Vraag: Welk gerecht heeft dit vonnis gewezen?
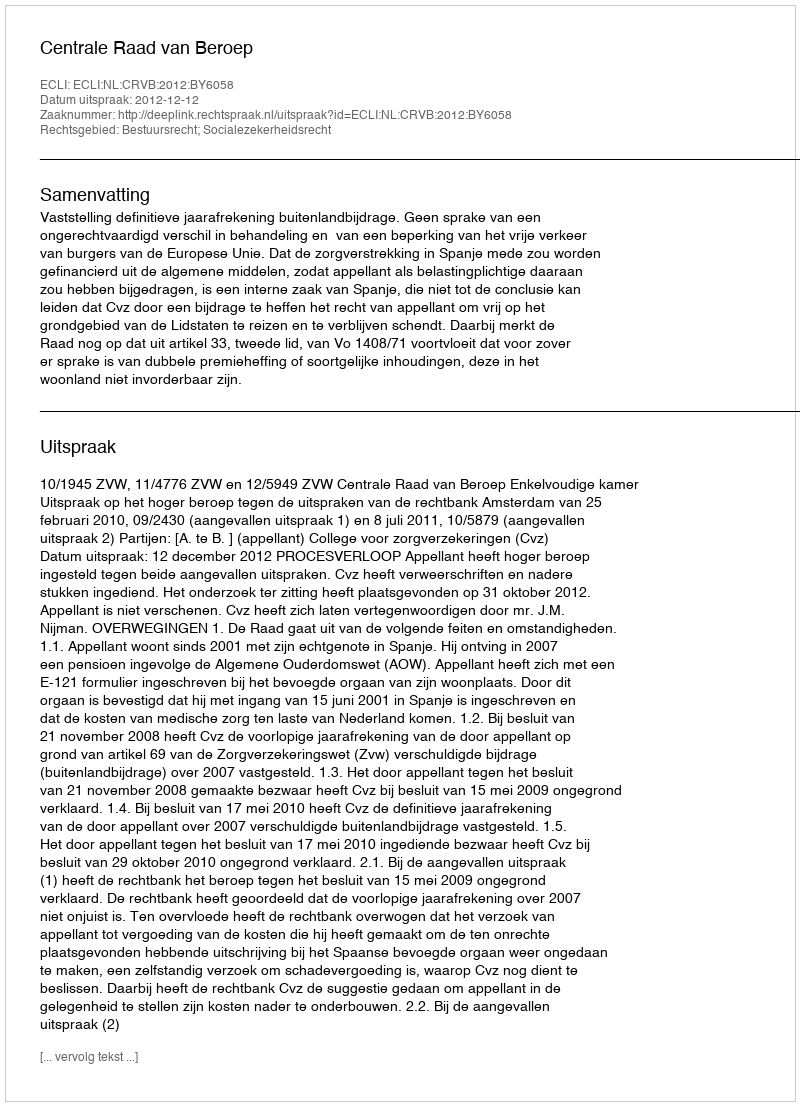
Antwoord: Centrale Raad van Beroep